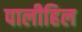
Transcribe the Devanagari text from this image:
पालीहिल